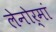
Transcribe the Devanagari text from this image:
लेनोर्मां